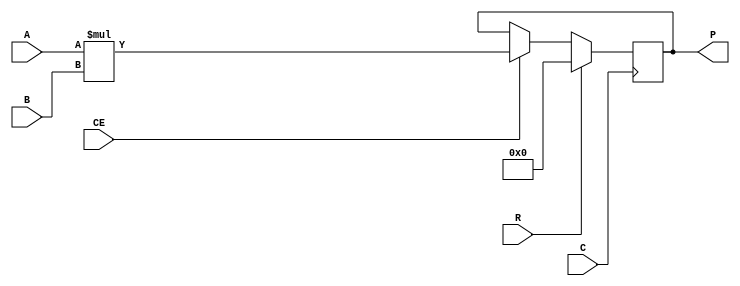
module MULT18X18S
  // The module was copied from the Ettus UHD code.
  (output reg signed [35:0] P,
   input signed [17:0] A,
   input signed [17:0] B,
   input C,    // Clock
   input CE,   // Clock Enable
   input R     // Synchronous Reset
   );
   
   always @(posedge C)
     if(R)
       P <= 36'sd0;
     else if(CE)
       begin
          P <= A * B;
       end
endmodule